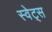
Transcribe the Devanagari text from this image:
स्वेट्स